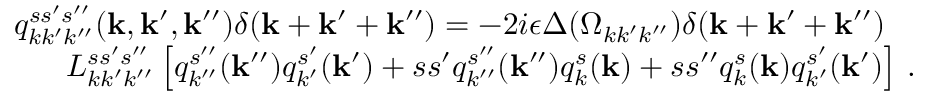
\begin{array} { r l r } & { } & { q _ { k k ^ { \prime } k ^ { \prime \prime } } ^ { s s ^ { \prime } s ^ { \prime \prime } } ( { \bf k } , { \bf k } ^ { \prime } , { \bf k } ^ { \prime \prime } ) \delta ( { \bf k } + { \bf k } ^ { \prime } + { \bf k } ^ { \prime \prime } ) = - 2 i \epsilon \Delta ( \Omega _ { k k ^ { \prime } k ^ { \prime \prime } } ) \delta ( { \bf k } + { \bf k } ^ { \prime } + { \bf k } ^ { \prime \prime } ) \quad } \\ & { } & { L _ { k k ^ { \prime } k ^ { \prime \prime } } ^ { s s ^ { \prime } s ^ { \prime \prime } } \left[ q _ { k ^ { \prime \prime } } ^ { s ^ { \prime \prime } } ( { \bf k } ^ { \prime \prime } ) q _ { k ^ { \prime } } ^ { s ^ { \prime } } ( { \bf k } ^ { \prime } ) + s s ^ { \prime } q _ { k ^ { \prime \prime } } ^ { s ^ { \prime \prime } } ( { \bf k } ^ { \prime \prime } ) q _ { k } ^ { s } ( { \bf k } ) + s s ^ { \prime \prime } q _ { k } ^ { s } ( { \bf k } ) q _ { k ^ { \prime } } ^ { s ^ { \prime } } ( { \bf k } ^ { \prime } ) \right] \, . } \end{array}